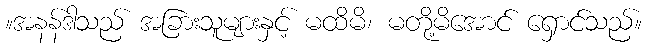
။အနန်ဒါသည် အခြားသူများနှင့် မထိမိ၊ မတို့မိအောင် ရှောင်သည်။